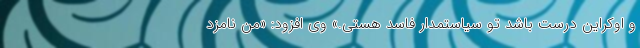
و اوکراین درست باشد تو سیاستمدار فاسد هستی.» وی افزود: «من نامزد